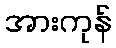
အားကုန်